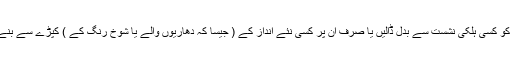
یا تو ان کرسیوں کو کسی ہلکی نشست سے بَدَل ڈالیں یا صرف ان پر کسی نئے اندازِ کے ( جیسا کہ دھاریوں والے یا شوخ رنگ کے ) کپڑے سے بنے کور چڑھا دیں۔